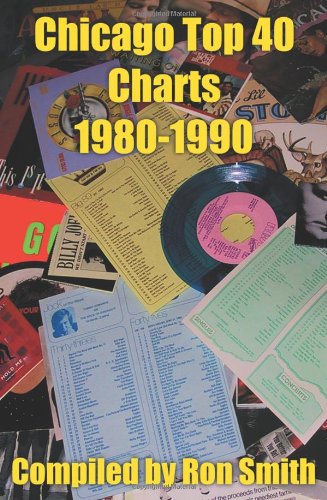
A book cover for Chicago Top 40 Charts 1980-1990; Ronald Smith; Humor & Entertainment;